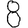
Digit: 8